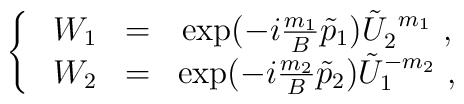
\left\{~\begin{array}{ccc}W_1&=& \exp (-i \frac{m_1 }B \tilde{p}_1 ) \tilde{U}_2^{~m_1}~, \\W_2&=& \exp (-i \frac{m_2 }B \tilde{p}_2 ) \tilde{U}_1^{-m_2}~,\end{array}\right.